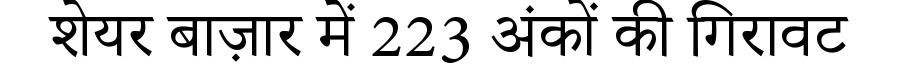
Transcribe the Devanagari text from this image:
शेयर बाज़ार में 223 अंकों की गिरावट